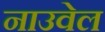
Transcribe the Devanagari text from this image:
नाउवेल